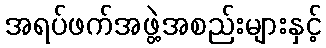
အရပ်ဖက်အဖွဲ့အစည်းများနှင့်